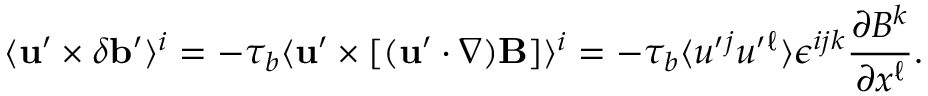
\langle { { \bf { u } } ^ { \prime } \times \delta { \bf { b } } ^ { \prime } } \rangle ^ { i } = - \tau _ { b } \langle { { \bf { u } } ^ { \prime } \times [ ( { \bf { u } } ^ { \prime } \cdot \nabla ) { \bf { B } } ] } \rangle ^ { i } = - \tau _ { b } \langle { u ^ { \prime } { } ^ { j } u ^ { \prime } { } ^ { \ell } } \rangle \epsilon ^ { i j k } \frac { \partial B ^ { k } } { \partial x ^ { \ell } } .